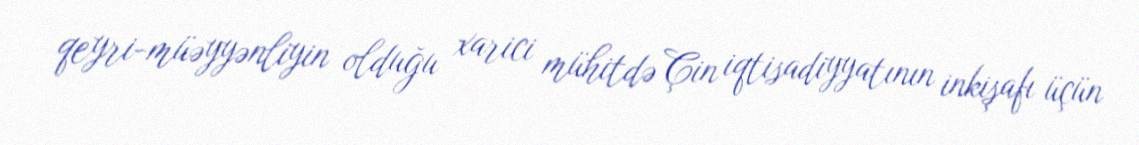
qeyri-müəyyənliyin olduğu xarici mühitdə Çin iqtisadiyyatının inkişafı üçün